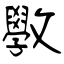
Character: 斆